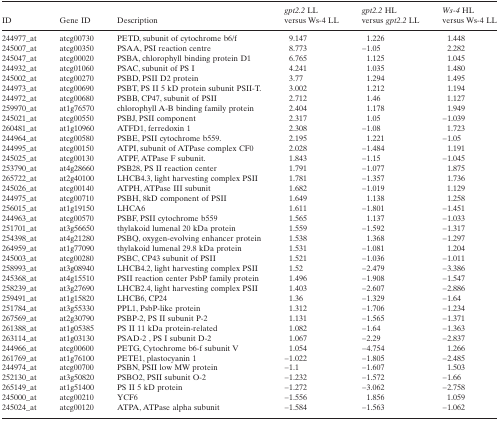
<table><thead><tr><td><b>ID</b></td><td><b>Gene ID</b></td><td><b>Description</b></td><td><b><i>gpt2.2</i> LL versus Ws‐4 LL</b></td><td><b><i>gpt2.2</i> HL versus <i>gpt2.2</i> LL</b></td><td><b><i>Ws‐4</i> HL versus Ws‐4 LL</b></td></tr></thead><tbody><tr><td>244977_at</td><td>atcg00730</td><td>PETD, subunit of cytochrome b6/f</td><td>9.147</td><td>1.226</td><td>1.448</td></tr><tr><td>245007_at</td><td>atcg00350</td><td>PSAA, PSI reaction centre</td><td>8.773</td><td>−1.05</td><td>2.282</td></tr><tr><td>245047_at</td><td>atcg00020</td><td>PSBA, chlorophyll binding protein D1</td><td>6.765</td><td>1.125</td><td>1.045</td></tr><tr><td>244932_at</td><td>atcg01060</td><td>PSAC, subunit of PS I</td><td>4.241</td><td>1.035</td><td>1.480</td></tr><tr><td>245002_at</td><td>atcg00270</td><td>PSBD, PSII D2 protein</td><td>3.77</td><td>1.294</td><td>1.495</td></tr><tr><td>244973_at</td><td>atcg00690</td><td>PSBT, PS II 5 kD protein subunit PSII‐T.</td><td>3.002</td><td>1.212</td><td>1.194</td></tr><tr><td>244972_at</td><td>atcg00680</td><td>PSBB, CP47, subunit of PSII</td><td>2.712</td><td>1.46</td><td>1.127</td></tr><tr><td>259970_at</td><td>at1g76570</td><td>chlorophyll A‐B binding family protein</td><td>2.404</td><td>1.178</td><td>1.949</td></tr><tr><td>245021_at</td><td>atcg00550</td><td>PSBJ, PSII component</td><td>2.317</td><td>1.05</td><td>−1.039</td></tr><tr><td>260481_at</td><td>at1g10960</td><td>ATFD1, ferredoxin 1</td><td>2.308</td><td>−1.08</td><td>1.723</td></tr><tr><td>244964_at</td><td>atcg00580</td><td>PSBE, PSII cytochrome b559.</td><td>2.195</td><td>1.221</td><td>−1.05</td></tr><tr><td>244995_at</td><td>atcg00150</td><td>ATPI, subunit of ATPase complex CF0</td><td>2.028</td><td>−1.484</td><td>1.191</td></tr><tr><td>245025_at</td><td>atcg00130</td><td>ATPF, ATPase F subunit.</td><td>1.843</td><td>−1.15</td><td>−1.045</td></tr><tr><td>253790_at</td><td>at4g28660</td><td>PSB28, PS II reaction center</td><td>1.791</td><td>−1.077</td><td>1.875</td></tr><tr><td>265722_at</td><td>at2g40100</td><td>LHCB4.3, light harvesting complex PSII</td><td>1.781</td><td>−1.357</td><td>1.736</td></tr><tr><td>245026_at</td><td>atcg00140</td><td>ATPH, ATPase III subunit</td><td>1.682</td><td>−1.019</td><td>1.129</td></tr><tr><td>244975_at</td><td>atcg00710</td><td>PSBH, 8kD component of PSII</td><td>1.649</td><td>1.138</td><td>1.258</td></tr><tr><td>256015_at</td><td>at1g19150</td><td>LHCA6</td><td>1.611</td><td>−1.801</td><td>−1.451</td></tr><tr><td>244963_at</td><td>atcg00570</td><td>PSBF, PSII cytochrome b559</td><td>1.565</td><td>1.137</td><td>−1.033</td></tr><tr><td>251701_at</td><td>at3g56650</td><td>thylakoid lumenal 20 kDa protein</td><td>1.559</td><td>−1.592</td><td>−1.317</td></tr><tr><td>254398_at</td><td>at4g21280</td><td>PSBQ, oxygen‐evolving enhancer protein</td><td>1.538</td><td>1.368</td><td>−1.297</td></tr><tr><td>264959_at</td><td>at1g77090</td><td>thylakoid lumenal 29.8 kDa protein</td><td>1.531</td><td>−1.081</td><td>1.204</td></tr><tr><td>245003_at</td><td>atcg00280</td><td>PSBC, CP43 subunit of PSII</td><td>1.521</td><td>−1.036</td><td>−1.011</td></tr><tr><td>258993_at</td><td>at3g08940</td><td>LHCB4.2, light harvesting complex PSII</td><td>1.52</td><td>−2.479</td><td>−3.386</td></tr><tr><td>245368_at</td><td>at4g15510</td><td>PSII reaction center PsbP family protein</td><td>1.496</td><td>−1.908</td><td>−1.547</td></tr><tr><td>258239_at</td><td>at3g27690</td><td>LHCB2.4, light harvesting complex PSII</td><td>1.403</td><td>−2.607</td><td>−2.886</td></tr><tr><td>259491_at</td><td>at1g15820</td><td>LHCB6, CP24</td><td>1.36</td><td>−1.329</td><td>−1.64</td></tr><tr><td>251784_at</td><td>at3g55330</td><td>PPL1, PsbP‐like protein</td><td>1.312</td><td>−1.706</td><td>−1.234</td></tr><tr><td>267569_at</td><td>at2g30790</td><td>PSBP‐2, PS II subunit P‐2</td><td>1.131</td><td>−1.565</td><td>−1.371</td></tr><tr><td>261388_at</td><td>at1g05385</td><td>PS II 11 kDa protein‐related</td><td>1.082</td><td>−1.64</td><td>−1.363</td></tr><tr><td>263114_at</td><td>at1g03130</td><td>PSAD‐2 , PS I subunit D‐2</td><td>1.067</td><td>−2.29</td><td>−2.837</td></tr><tr><td>244966_at</td><td>atcg00600</td><td>PETG, Cytochrome b6‐f subunit V</td><td>1.054</td><td>−4.754</td><td>1.266</td></tr><tr><td>261769_at</td><td>at1g76100</td><td>PETE1, plastocyanin 1</td><td>−1.022</td><td>−1.805</td><td>−2.485</td></tr><tr><td>244974_at</td><td>atcg00700</td><td>PSBN, PSII low MW protein</td><td>−1.1</td><td>−1.607</td><td>1.503</td></tr><tr><td>252130_at</td><td>at3g50820</td><td>PSBO2, PSII subunit O‐2</td><td>−1.232</td><td>−1.572</td><td>−1.66</td></tr><tr><td>265149_at</td><td>at1g51400</td><td>PS II 5 kD protein</td><td>−1.272</td><td>−3.062</td><td>−2.758</td></tr><tr><td>245000_at</td><td>atcg00210</td><td>YCF6</td><td>−1.556</td><td>1.856</td><td>1.059</td></tr><tr><td>245024_at</td><td>atcg00120</td><td>ATPA, ATPase alpha subunit</td><td>−1.584</td><td>−1.563</td><td>−1.062</td></tr></tbody></table>